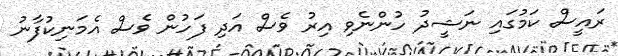
ރައީސް ކަމުގައި ނަޝީދު ހުންނެވި އިރު ވެސް އަދި ފަހުން ވެސް އެމަނިކުފާނު